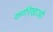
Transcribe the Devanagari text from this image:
कर्णरेखाओं